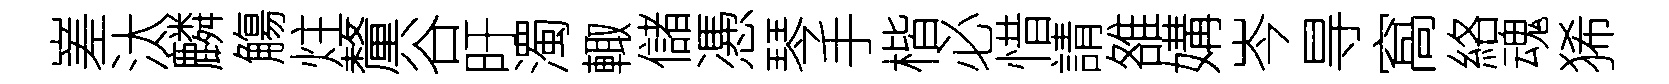
嵳汰麟觴炷釐谷旴濁輙儲慿琴手楷必惜請雒媾岑㝵窩絡魂狶